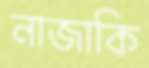
নাজাকি